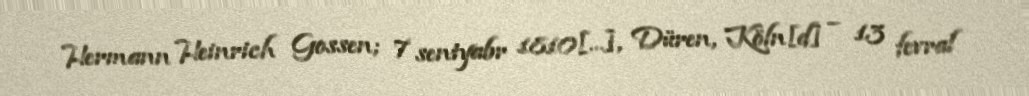
Hermann Heinrich Gossen; 7 sentyabr 1810[…], Düren, Köln[d] – 13 fevral